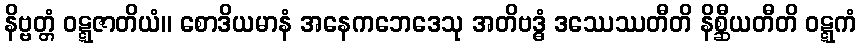
နိဗ္ဗတ္တံ ဝဋ္ဋဇာတိယံ။ စောဒိယမာနံ အနေကဘေဒေသု အတိဗဒ္ဓံ ဒဿေဿတီတိ နိစ္ဆီယတီတိ ဝဋ္ဋကံ